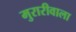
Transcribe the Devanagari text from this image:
मुरारीवाला